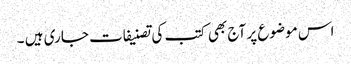
اس موضوع پر آج بھی کتب کی تصنیفات جاری ہیں ۔